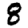
Digit: 8